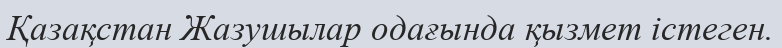
Қазақстан Жазушылар одағында қызмет істеген.